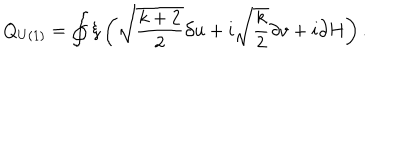
LaTeX: Q _ { U ( 1 ) } = \oint \xi \left( \sqrt { \frac { k + 2 } { 2 } } \partial u + i \sqrt { \frac { k } { 2 } } \partial v + i \partial H \right) .